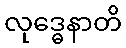
လုဒ္ဓေနာတိ